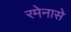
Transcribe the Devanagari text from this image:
रमेनासे